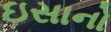
ઇસાનો